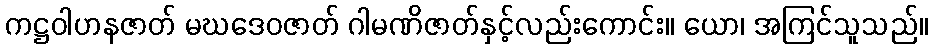
ကဋ္ဌဝါဟနဇာတ် မဃဒေဝဇာတ် ဂါမဏိဇာတ်နှင့်လည်းကောင်း။ ယော၊ အကြင်သူသည်။